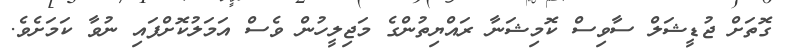
ގޮތަށް ޖުޑީޝަލް ސާވިސް ކޮމިޝަނާ ރައްޔިތުންގެ މަޖިލީހުން ވެސް އަމަލުކޮށްފައި ނުވާ ކަމަށެވެ.